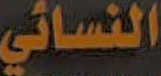
النسائي